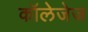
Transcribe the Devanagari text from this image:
कॉलेजेज